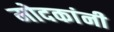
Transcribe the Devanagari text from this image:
मोदकांनी